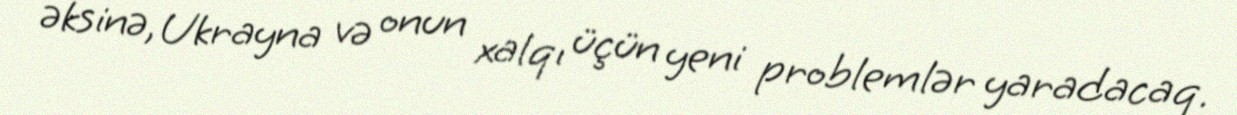
əksinə, Ukrayna və onun xalqı üçün yeni problemlər yaradacaq.